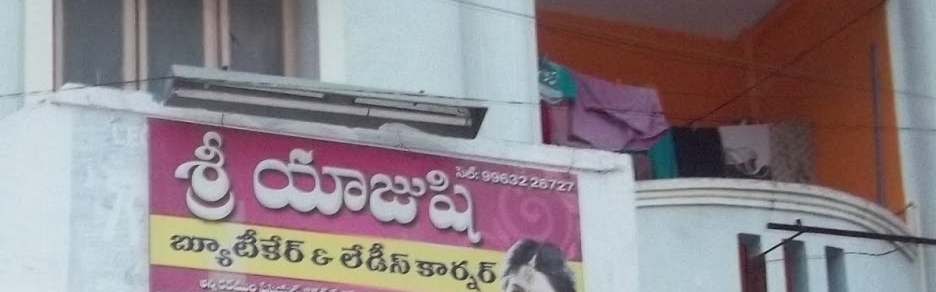
Language: telugu
Transcription: శ్రీ కార్నర్ యాజుషి